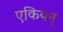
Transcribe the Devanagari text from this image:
एकियन्